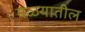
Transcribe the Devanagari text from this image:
गळयातील